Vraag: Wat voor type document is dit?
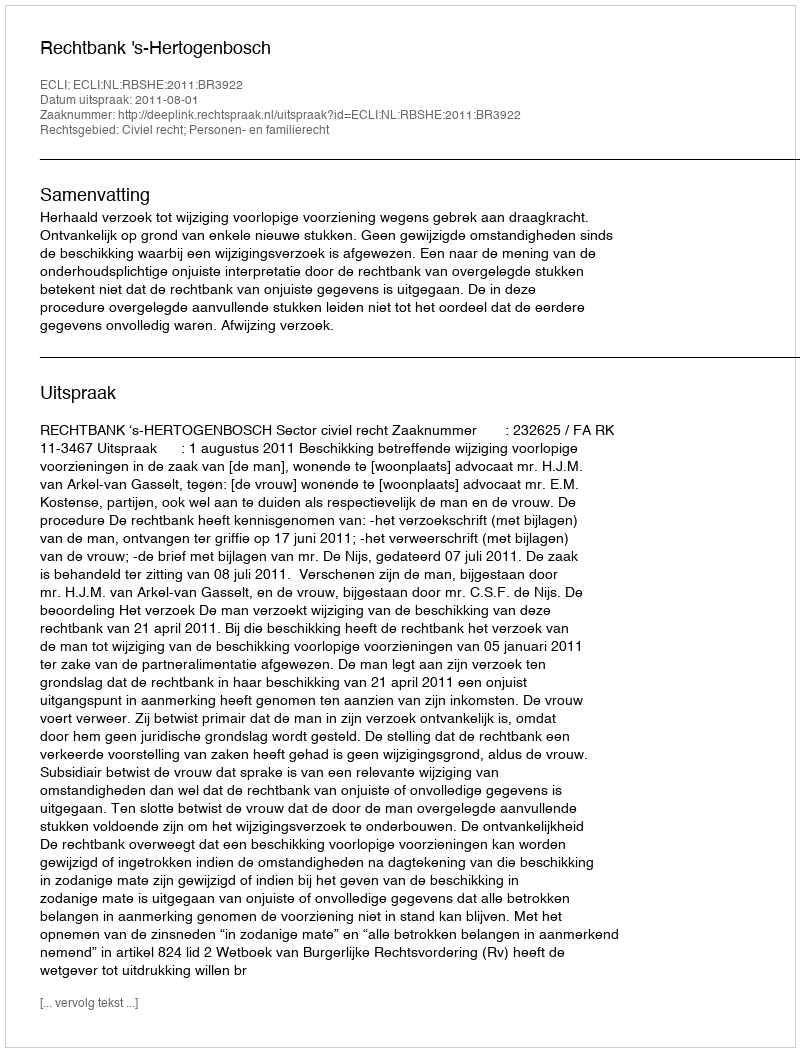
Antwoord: Uitspraak